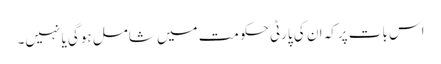
اس بات پرکہ ان کی پارٹی حکومت میں شامل ہوگی یا نہیں۔